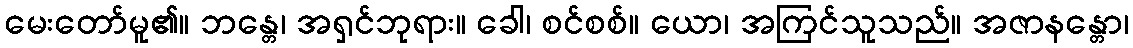
မေးတော်မူ၏။ ဘန္တေ၊ အရှင်ဘုရား။ ခေါ၊ စင်စစ်။ ယော၊ အကြင်သူသည်။ အဇာနန္တော၊